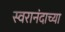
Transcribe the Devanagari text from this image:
स्वरानंदाच्या